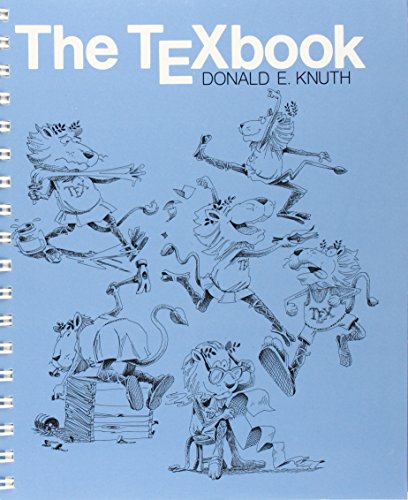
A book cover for The TeXbook; Donald E. Knuth; Computers & Technology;